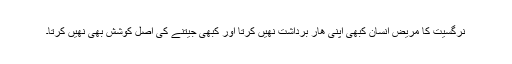
نرگسیت کا مریض انسان کبھی اپنی ھار برداشت نھیں کرتا اور کبھی جیتنے کی اصل کوشش بھی نھیں کرتا۔